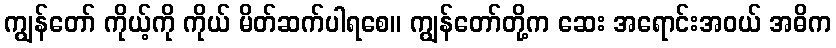
ကျွန်တော် ကိုယ့်ကို ကိုယ် မိတ်ဆက်ပါရစေ။ ကျွန်တော်တို့က ဆေး အရောင်းအဝယ် အဓိက